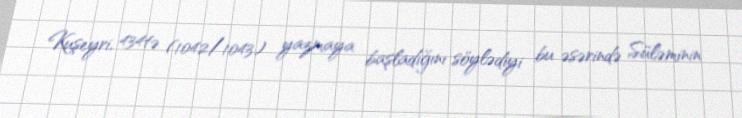
Kuşeyri, 434tə (1042/1043) yazmaya başladığını söylədiyi bu əsərində Süləminin